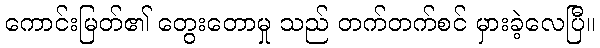
ကောင်းမြတ်၏ တွေးတောမှု သည် တက်တက်စင် မှားခဲ့လေပြီ။